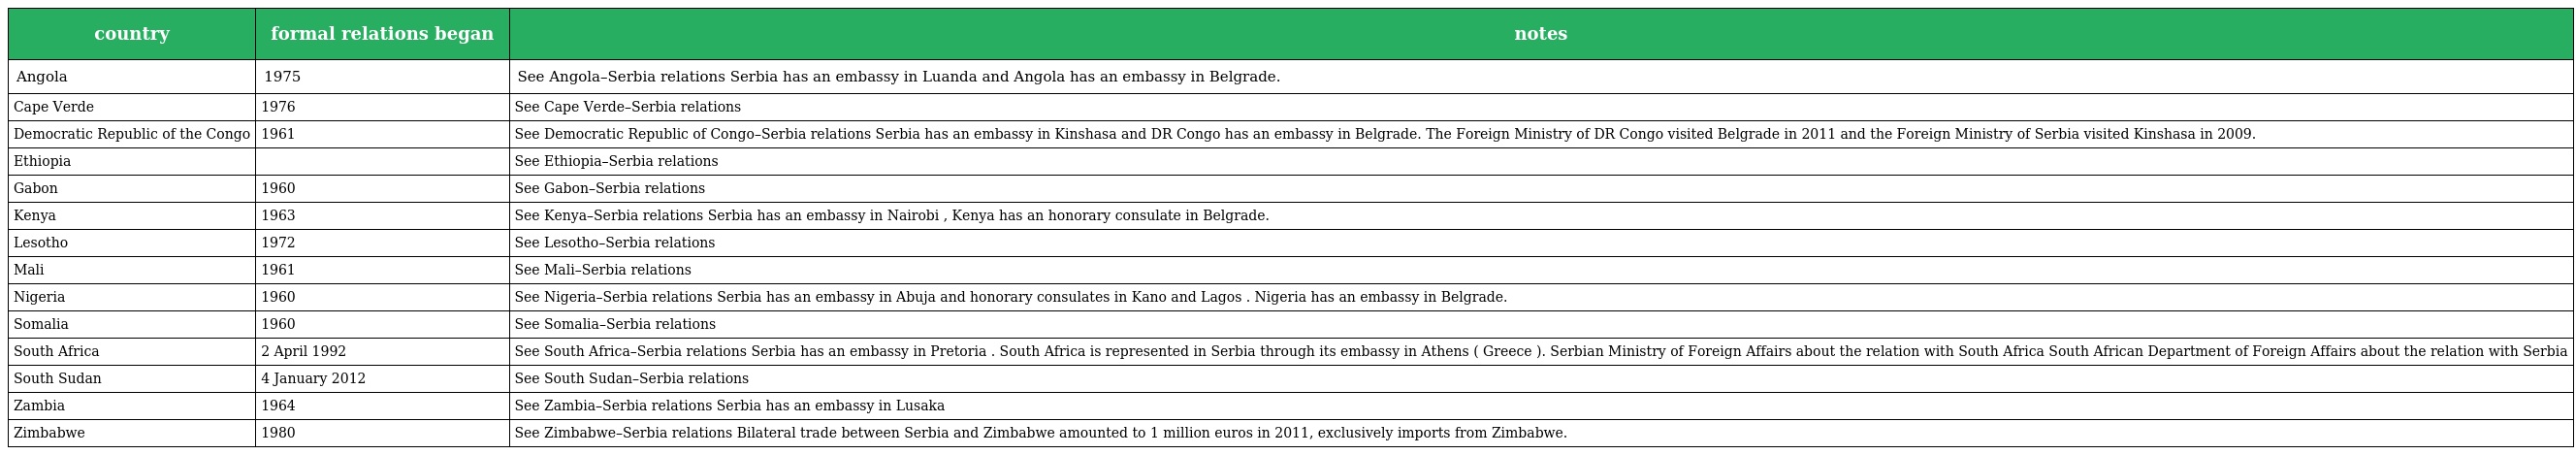
| country | formal relations began | notes |
 | --- | --- | --- |
 | Angola | 1975 | See Angola–Serbia relations Serbia has an embassy in Luanda and Angola has an embassy in Belgrade. |
 | Cape Verde | 1976 | See Cape Verde–Serbia relations |
 | Democratic Republic of the Congo | 1961 | See Democratic Republic of Congo–Serbia relations Serbia has an embassy in Kinshasa and DR Congo has an embassy in Belgrade. The Foreign Ministry of DR Congo visited Belgrade in 2011 and the Foreign Ministry of Serbia visited Kinshasa in 2009. |
 | Ethiopia |  | See Ethiopia–Serbia relations |
 | Gabon | 1960 | See Gabon–Serbia relations |
 | Kenya | 1963 | See Kenya–Serbia relations Serbia has an embassy in Nairobi , Kenya has an honorary consulate in Belgrade. |
 | Lesotho | 1972 | See Lesotho–Serbia relations |
 | Mali | 1961 | See Mali–Serbia relations |
 | Nigeria | 1960 | See Nigeria–Serbia relations Serbia has an embassy in Abuja and honorary consulates in Kano and Lagos . Nigeria has an embassy in Belgrade. |
 | Somalia | 1960 | See Somalia–Serbia relations |
 | South Africa | 2 April 1992 | See South Africa–Serbia relations Serbia has an embassy in Pretoria . South Africa is represented in Serbia through its embassy in Athens ( Greece ). Serbian Ministry of Foreign Affairs about the relation with South Africa South African Department of Foreign Affairs about the relation with Serbia |
 | South Sudan | 4 January 2012 | See South Sudan–Serbia relations |
 | Zambia | 1964 | See Zambia–Serbia relations Serbia has an embassy in Lusaka |
 | Zimbabwe | 1980 | See Zimbabwe–Serbia relations Bilateral trade between Serbia and Zimbabwe amounted to 1 million euros in 2011, exclusively imports from Zimbabwe. |